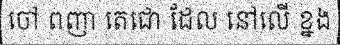
ចៅ ពញា តេជោ ដែល នៅលើ ខ្នង